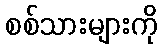
စစ်သားများကို